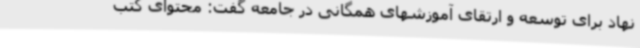
نهاد برای توسعه و ارتقای آموزشهای همگانی در جامعه گفت: محتوای کتب